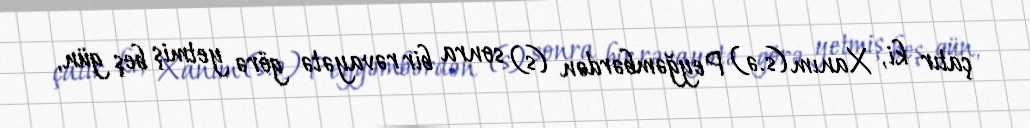
çatır ki, Xanım (s.ə) Peyğəmbərdən (s) sonra bir rəvayətə görə yetmiş beş gün,